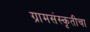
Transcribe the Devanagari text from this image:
ग्रामसंस्कृतीचा